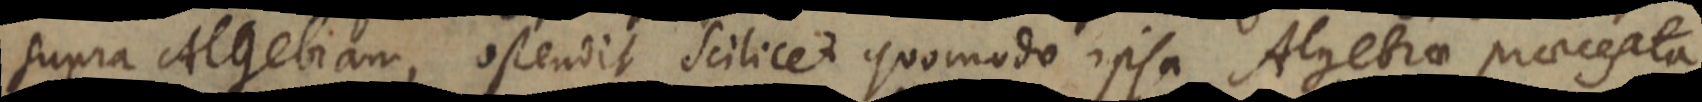
supra Algebram, ostendit scilicet quomodo ipsa Algebrae praecepta